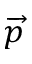
\overrightarrow { p }